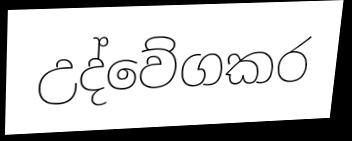
උද්වේගකර